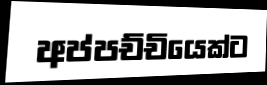
අප්පච්චියෙක්ට